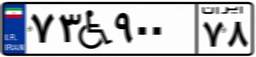
۷۳W۹۰۰۷۸